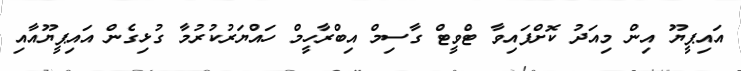
އައިޕީޔޫ އިން މިއަދު ކޮށްފައިވާ ޓްވީޓް ގާސިމް އިބްރާހީމް ހައްޔަރުކުރުމާ ގުޅިގެން އައިޕީޔޫއާއި